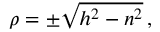
\textstyle \rho = \pm { \sqrt { h ^ { 2 } - n ^ { 2 } } } \, ,